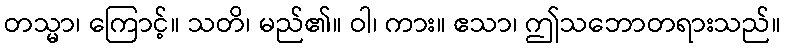
တသ္မာ၊ ကြောင့်။ သတိ၊ မည်၏။ ဝါ၊ ကား။ ဧသာ၊ ဤသဘောတရားသည်။